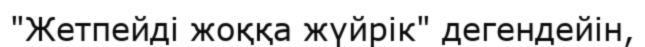
"Жетпейді жоққа жүйрік" дегендейін,